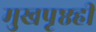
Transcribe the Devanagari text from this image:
मुखपृष्ठही